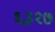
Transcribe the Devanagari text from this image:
६३२७